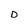
Character: 0